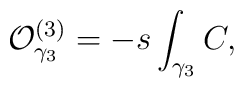
{\cal O}^{(3)}_{\gamma_3}=-s\int_{\gamma_3}C,